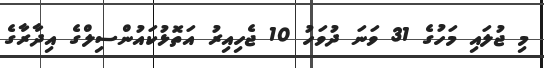
މި ޖުލައި މަހުގެ 31 ވަނަ ދުވަހު 10 ޖެހިއިރު އަތޮޅުކައުންސިލްގެ އިދާރާގެ